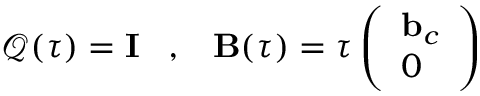
\boldsymbol { \mathcal Q } ( \tau ) = { \mathbf I } \; \; \; , \; \; \; { \mathbf B } ( \tau ) = \tau \left( \begin{array} { l } { { \mathbf b } _ { c } } \\ { 0 } \end{array} \right)